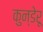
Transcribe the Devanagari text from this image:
कुन्डेरू